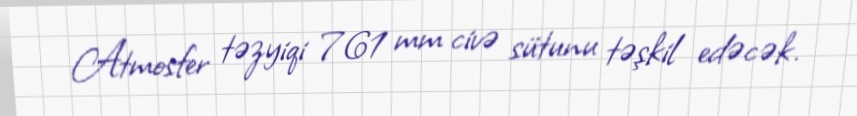
Atmosfer təzyiqi 761 mm civə sütunu təşkil edəcək.